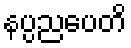
နပ္ပညပေတိ